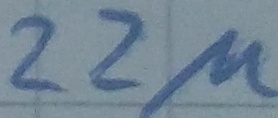
Text: 22µ